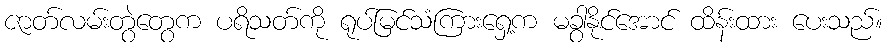
ဇာတ်လမ်းတွဲတွေက ပရိသတ်ကို ရုပ်မြင်သံကြားရှေ့က မခွာနိုင်အောင် ထိန်းထား ပေးသည်။